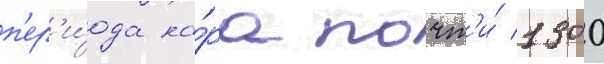
п'ер'и́ода на́ра почт'и́ 1300